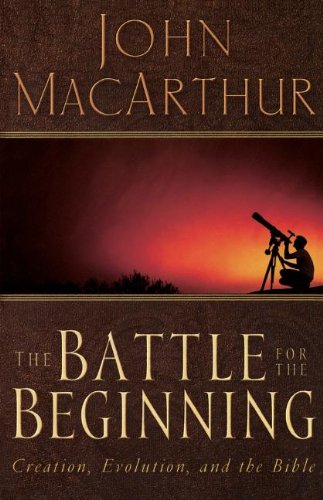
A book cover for The Battle for the Beginning; John F. MacArthur; Christian Books & Bibles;